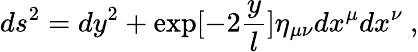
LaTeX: ds^{2}=dy^{2}+\exp[-2{\frac{y}{l}}]\eta_{\mu\nu}dx^{\mu}dx^{\nu}\ ,